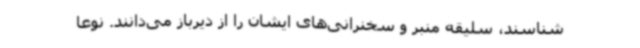
شناسند، سلیقه منبر و سخنرانی‌های ایشان را از دیرباز می‌دانند. نوعا